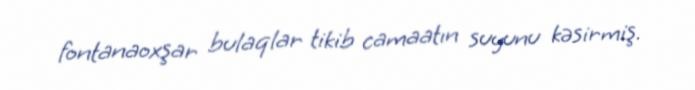
fontanaoxşar bulaqlar tikib camaatın suyunu kəsirmiş.